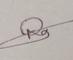
Signature authenticity: genuine